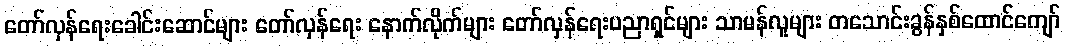
တော်လှန်ရေးခေါင်းဆောင်များ တော်လှန်ရေး နောက်လိုက်များ တော်လှန်ရေးပညာရှင်များ သာမန်လူများ တသောင်းခွန်နှစ်ထောင်ကျော်